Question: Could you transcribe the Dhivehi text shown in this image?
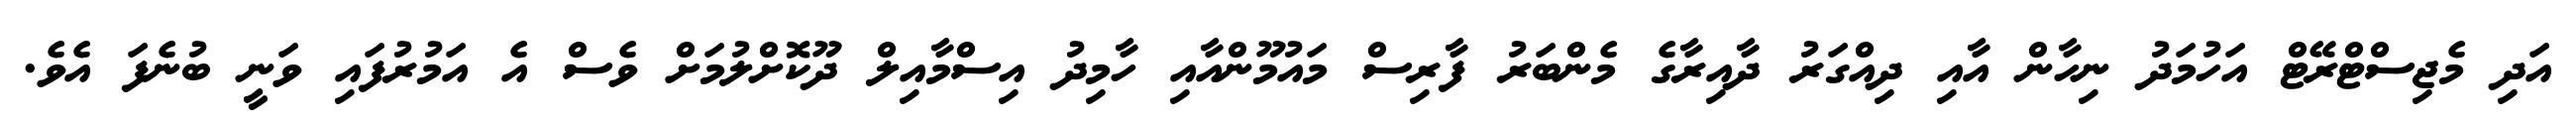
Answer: އަދި މެޖިސްޓްރޭޓް އަހުމަދު ނިހާން އާއި ދިއްގަރު ދާއިރާގެ މެންބަރު ފާރިސް މައުމޫންއާއި ހާމިދު އިސްމާއިލް ދޫކޮށްލުމަށް ވެސް އެ އަމުރުފައި ވަނީ ބުނެފަ އެވެ.